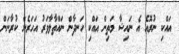
އައްކި ނުރޮއެ އެ ނައިޝާ މަތިން އައްކި ހަނދާން ނައްތާލާވަރު އަހަރެން ކުރާނަން